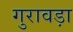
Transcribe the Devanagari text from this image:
गुरावड़ा